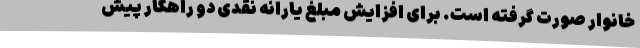
خانوار صورت گرفته است. برای افزایش مبلغ یارانه نقدی دو راهکار پیش